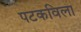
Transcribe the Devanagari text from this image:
पटकविला